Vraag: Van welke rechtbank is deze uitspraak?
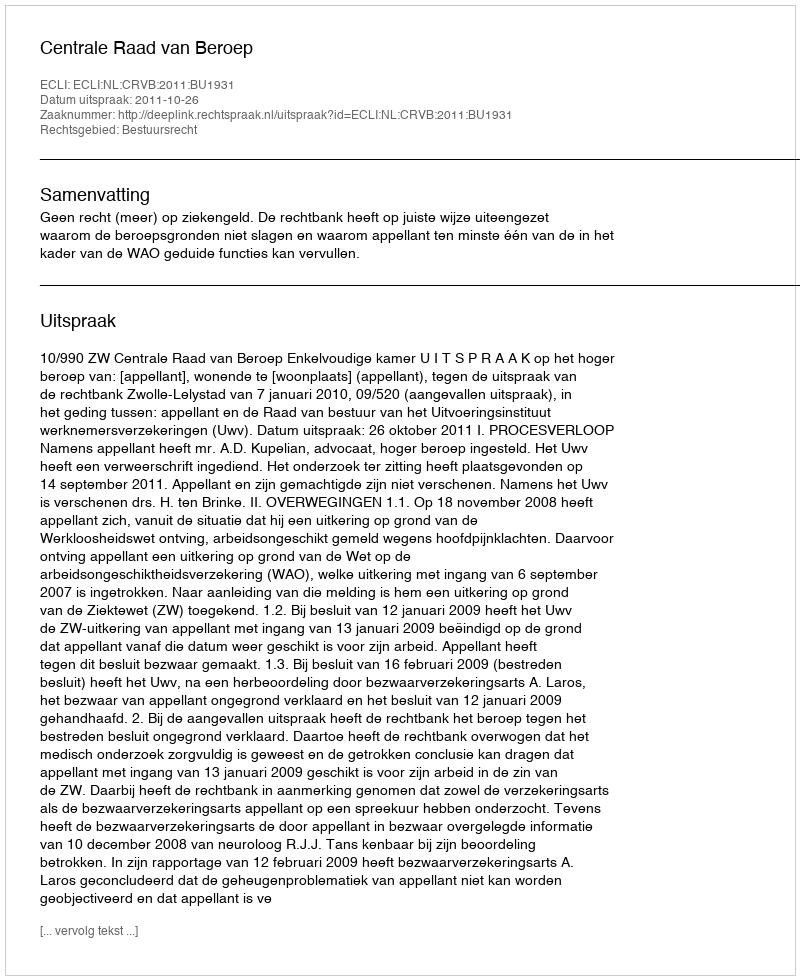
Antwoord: Centrale Raad van Beroep